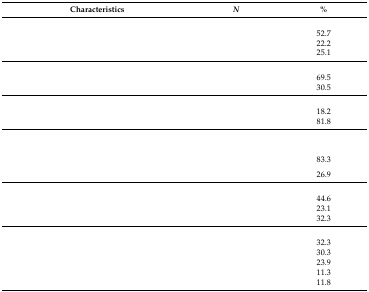
<table><thead><tr><td><b>Characteristics</b></td><td><b><i>N</i></b></td><td><b>%</b></td></tr></thead><tbody><tr><td>[EMPTY_CELL]</td><td>[EMPTY_CELL]</td><td>[EMPTY_CELL]</td></tr><tr><td>[EMPTY_CELL]</td><td>[EMPTY_CELL]</td><td>52.7</td></tr><tr><td>[EMPTY_CELL]</td><td>[EMPTY_CELL]</td><td>22.2</td></tr><tr><td>[EMPTY_CELL]</td><td>[EMPTY_CELL]</td><td>25.1</td></tr><tr><td>[EMPTY_CELL]</td><td>[EMPTY_CELL]</td><td>[EMPTY_CELL]</td></tr><tr><td>[EMPTY_CELL]</td><td>[EMPTY_CELL]</td><td>69.5</td></tr><tr><td>[EMPTY_CELL]</td><td>[EMPTY_CELL]</td><td>30.5</td></tr><tr><td>[EMPTY_CELL]</td><td>[EMPTY_CELL]</td><td>[EMPTY_CELL]</td></tr><tr><td>[EMPTY_CELL]</td><td>[EMPTY_CELL]</td><td>18.2</td></tr><tr><td>[EMPTY_CELL]</td><td>[EMPTY_CELL]</td><td>81.8</td></tr><tr><td>[EMPTY_CELL]</td><td>[EMPTY_CELL]</td><td>[EMPTY_CELL]</td></tr><tr><td>[EMPTY_CELL]</td><td>[EMPTY_CELL]</td><td>83.3</td></tr><tr><td>[EMPTY_CELL]</td><td>[EMPTY_CELL]</td><td>26.9</td></tr><tr><td>[EMPTY_CELL]</td><td>[EMPTY_CELL]</td><td>[EMPTY_CELL]</td></tr><tr><td>[EMPTY_CELL]</td><td>[EMPTY_CELL]</td><td>44.6</td></tr><tr><td>[EMPTY_CELL]</td><td>[EMPTY_CELL]</td><td>23.1</td></tr><tr><td>[EMPTY_CELL]</td><td>[EMPTY_CELL]</td><td>32.3</td></tr><tr><td>[EMPTY_CELL]</td><td>[EMPTY_CELL]</td><td>[EMPTY_CELL]</td></tr><tr><td>[EMPTY_CELL]</td><td>[EMPTY_CELL]</td><td>32.3</td></tr><tr><td>[EMPTY_CELL]</td><td>[EMPTY_CELL]</td><td>30.3</td></tr><tr><td>[EMPTY_CELL]</td><td>[EMPTY_CELL]</td><td>23.9</td></tr><tr><td>[EMPTY_CELL]</td><td>[EMPTY_CELL]</td><td>11.3</td></tr><tr><td>[EMPTY_CELL]</td><td>[EMPTY_CELL]</td><td>11.8</td></tr></tbody></table>